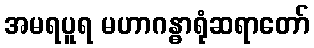
အမရပူရ မဟာဂန္ဓာရုံဆရာတော်